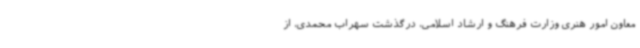
معاون امور هنری وزارت فرهنگ و ارشاد اسلامی، درگذشت سهراب محمدی، از